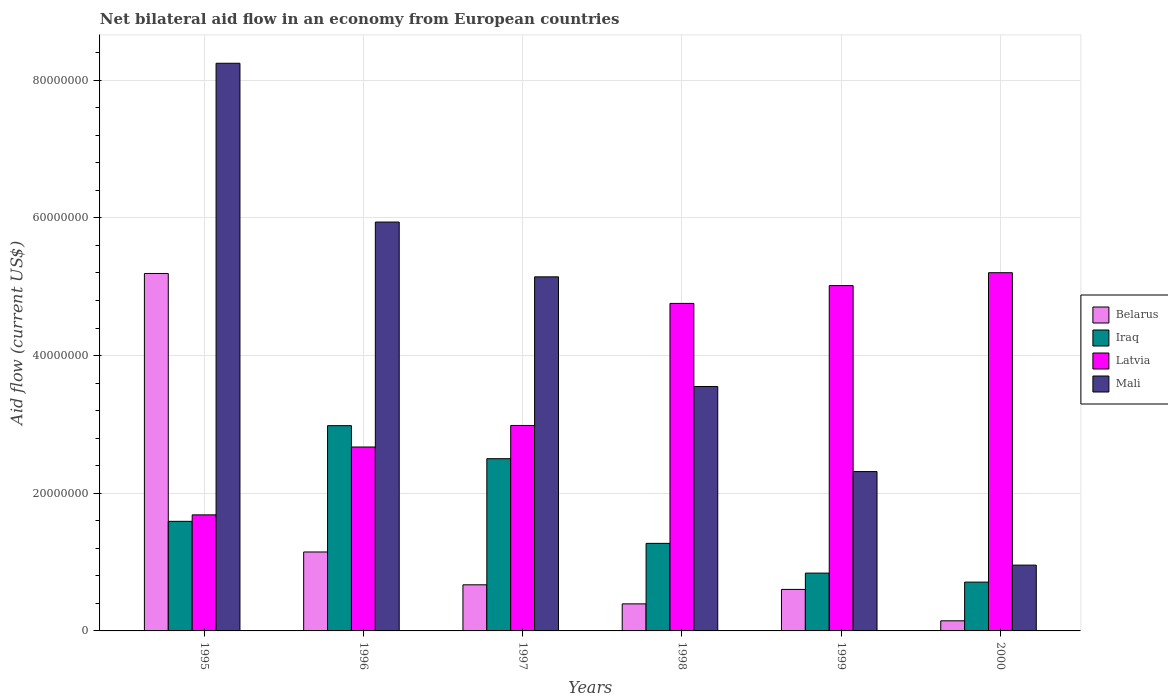
| Years | Belarus | Iraq | Latvia | Mali |
 | --- | --- | --- | --- | --- |
 | 1995 | 5.19e+07 | 1.59e+07 | 1.69e+07 | 8.25e+07 |
 | 1996 | 1.15e+07 | 2.98e+07 | 2.67e+07 | 5.94e+07 |
 | 1997 | 6.7e+06 | 2.5e+07 | 2.98e+07 | 5.14e+07 |
 | 1998 | 3.93e+06 | 1.27e+07 | 4.76e+07 | 3.55e+07 |
 | 1999 | 6.03e+06 | 8.4e+06 | 5.02e+07 | 2.32e+07 |
 | 2000 | 1.47e+06 | 7.09e+06 | 5.2e+07 | 9.56e+06 |